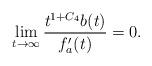
LaTeX: \begin{align*} &\lim_{t\to\infty}\frac{t^{1+C_4}b(t)}{f_a'(t)}=0. \end{align*}